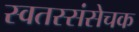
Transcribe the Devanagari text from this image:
स्वतस्संसेचक